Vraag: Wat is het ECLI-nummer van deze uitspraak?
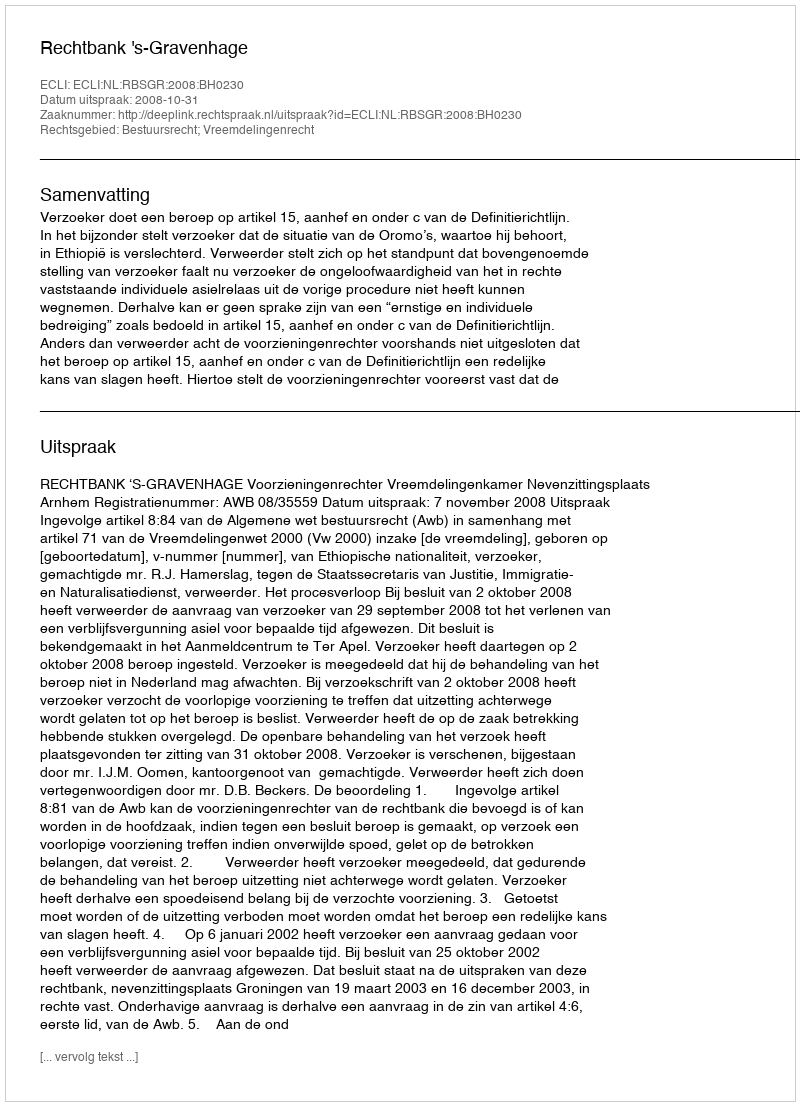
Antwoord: ECLI:NL:RBSGR:2008:BH0230